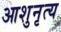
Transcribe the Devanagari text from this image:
आशुनृत्य